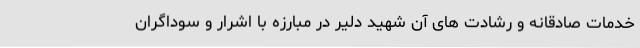
خدمات صادقانه و رشادت های آن شهید دلیر در مبارزه با اشرار و سوداگران